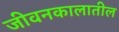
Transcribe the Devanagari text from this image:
जीवनकालातील